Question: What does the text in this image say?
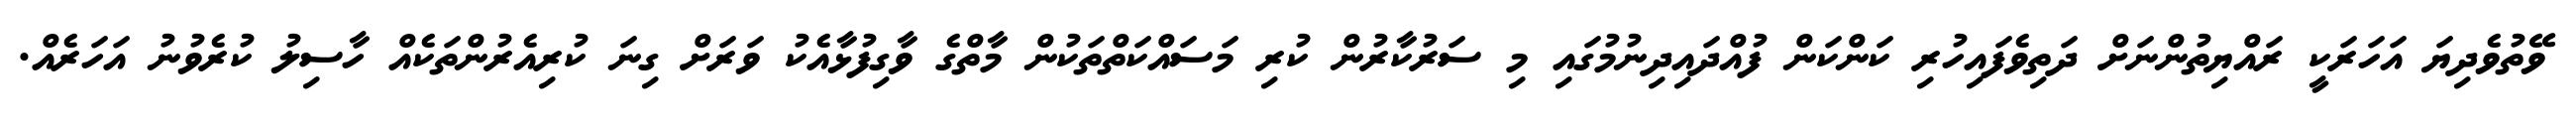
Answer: ވޭތުވެދިޔަ އަހަރަކީ ރައްޔިތުންނަށް ދަތިވެފައިހުރި ކަންކަން ފުއްދައިދިނުމުގައި މި ސަރުކާރުން ކުރި މަސައްކަތްތަކުން މާތްގެ ވާގިފުޅާއެކު ވަރަށް ގިނަ ކުރިއެރުންތަކެއް ހާސިލު ކުރެވުނު އަހަރެއް.